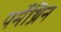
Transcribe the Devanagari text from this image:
पर्मेथ्रिन